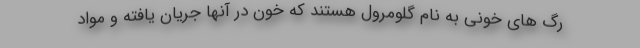
رگ های خونی به نام گلومرول هستند که خون در آنها جریان یافته و مواد